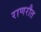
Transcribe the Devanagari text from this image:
राणरौत